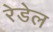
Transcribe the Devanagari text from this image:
रेडेल